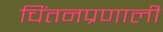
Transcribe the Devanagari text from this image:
चिंतनप्रणाली